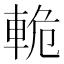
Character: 𫏸